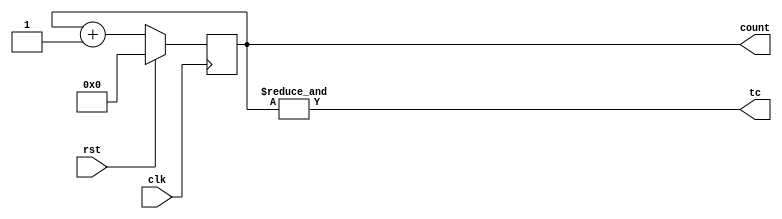
module upcount( 
			input 				clk,
			input 				rst,
			output  reg [3:0] count,
			output 				tc);
wire [3:0] sum;
assign sum  = count +1;

always @ (posedge clk)
	if (rst)
		count <= 0;
	else 
		count <=sum;
assign tc = &count;
endmodule